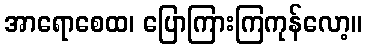
အာရောစေထ၊ ပြောကြားကြကုန်လော့။